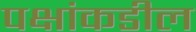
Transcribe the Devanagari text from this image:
पक्षांकडील